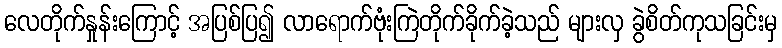
လေတိုက်နှုန်းကြောင့် အပြစ်ပြ၍ လာရောက်ဗုံးကြဲတိုက်ခိုက်ခဲ့သည် များလှ ခွဲစိတ်ကုသခြင်းမှ